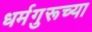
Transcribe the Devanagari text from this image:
धर्मगुरूच्या